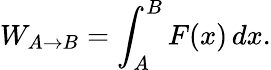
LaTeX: W_{A\rightarrow B}=\int_{A}^{B}F(x)\, dx.